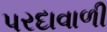
પરદાવાળી